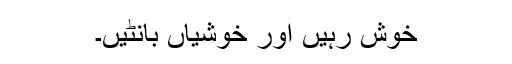
خوش رہیں اور خوشیاں بانٹیں۔